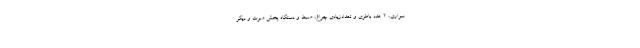
سواری، ۲ عدد باطری و تعدادزیادی چراغ، ضبط و دستگاه پخش صوت و دیگر